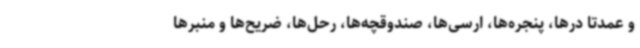
و عمدتا درها، پنجره‌ها، ارسی‌ها، صندوقچه‌ها، رحل‌ها، ضریح‌ها و منبرها